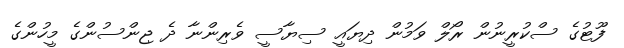
ފޫޓުގެ ސްކުރީނުން ރޯލް ވަމުން ދިޔައީ ސިޔާސީ ވެރިންނާ ދެ ޖިންސުންގެ މީހުންގެ